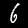
Label: 6